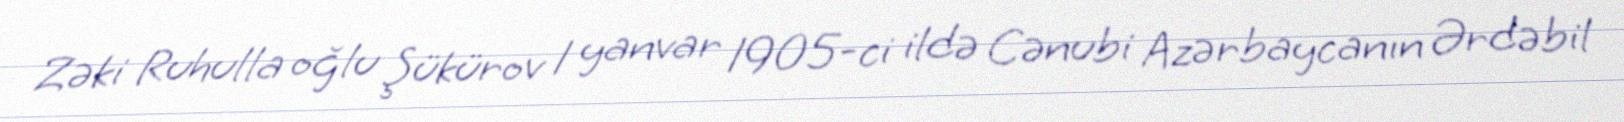
Zəki Ruhulla oğlu Şükürov 1 yanvar 1905-ci ildə Cənubi Azərbaycanın Ərdəbil